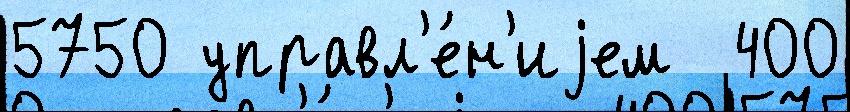
5750 управл'е́н'иjем  400